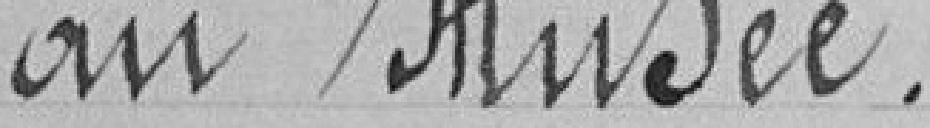
au Musée.